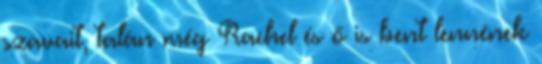
szavait, talán még Rachel és ő is bent lennének